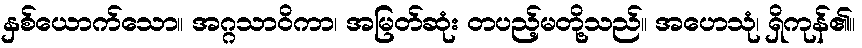
နှစ်ယောက်သော။ အဂ္ဂသာဝိကာ၊ အမြတ်ဆုံး တပည့်မတို့သည်။ အဟေသုံ၊ ရှိကုန်၏။